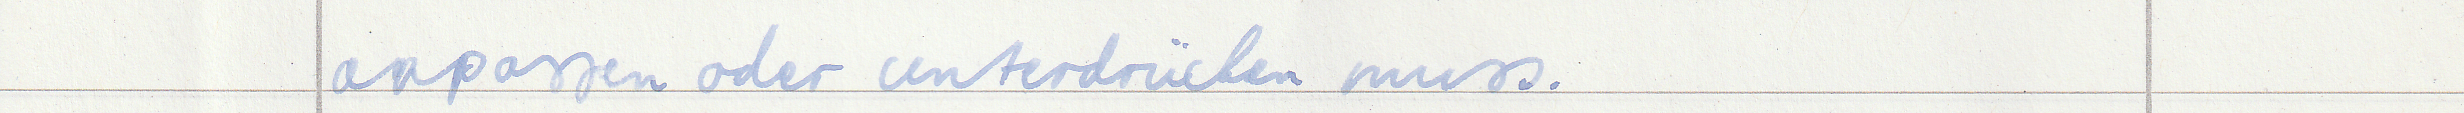
anpassen oder unterdrücken muss.